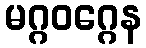
မဂ္ဂဝဂ္ဂေန